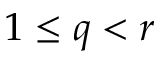
1 \leq q < r